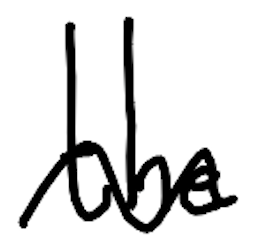
Text: the
Cross-out: wave
Writing tool: digital_black